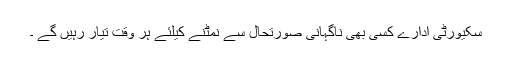
سکیورٹی ادارے کسی بھی ناگہانی صورتحال سے نمٹنے کیلئے ہر وقت تیار رہیں گے ۔